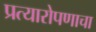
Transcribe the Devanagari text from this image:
प्रत्यारोपणाचा